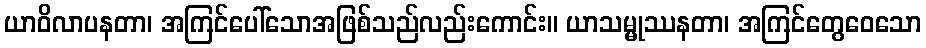
ယာဝိလာပနတာ၊ အကြင်ပေါ်သောအဖြစ်သည်လည်းကောင်း။ ယာသမ္မုဿနတာ၊ အကြင်တွေဝေသော